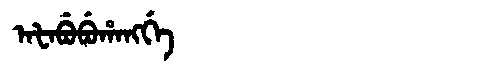
Manchu: ᠠᡶᠠᠪᡠᠪᡠᡥᠠᠩᡤᡝ
Romanization: AFABUBUHANGGE